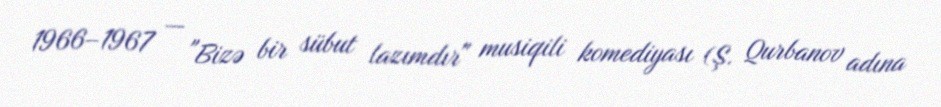
1966–1967 — "Bizə bir sübut lazımdır" musiqili komediyası (Ş. Qurbanov adına